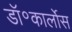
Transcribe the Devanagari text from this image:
डॉ॰कार्लोस